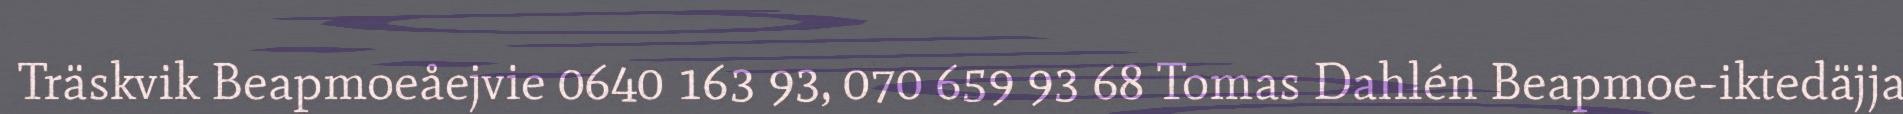
Träskvik Beapmoeåejvie 0640 163 93, 070 659 93 68 Tomas Dahlén Beapmoe-iktedäjja